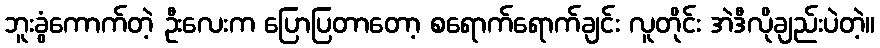
ဘူးခွံကောက်တဲ့ ဦးလေးက ပြောပြတာတော့ စရောက်ရောက်ချင်း လူတိုင်း အဲဒီလိုချည်းပဲတဲ့။